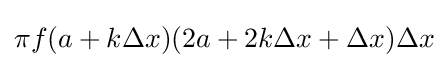
\pi f(a+k\Delta x)(2a+2k\Delta x+\Delta x)\Delta x